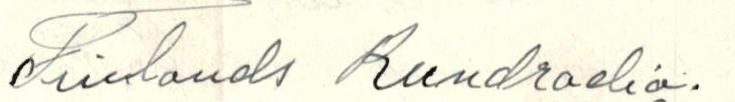
Finlands Rundradio.